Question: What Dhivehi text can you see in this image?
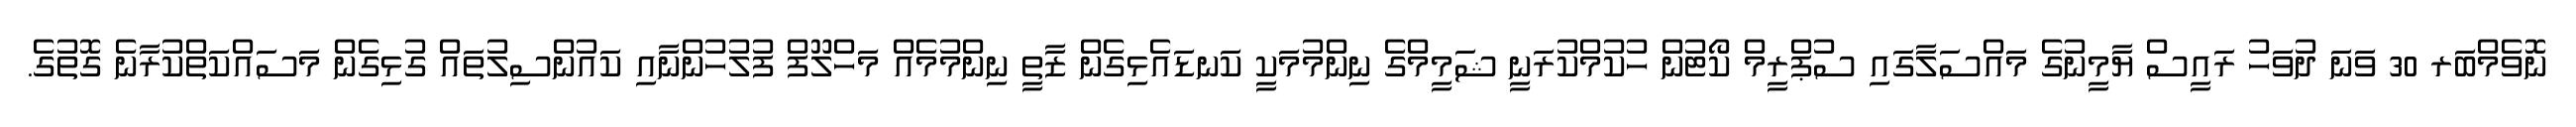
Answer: ނޮވެމްބަރ 30 ވަނަ ދުވަހު ރައީސް ޔާމީނުގެ މައްސަލާގައި ސުޕްރީމް ކޯޓުން ހުކުމްކުރަނީ ޝަމީމްގެ ނިންމުމަކީ ކަނޑައެޅިގެން ޒާތީ ނިންމުމެއް މަހްލޫފް ފުލުހުންނާއި ކައުންސިލުތައް ގުޅިގެން މަސައްކަތްކުރާނެ ގޮތުގެ.